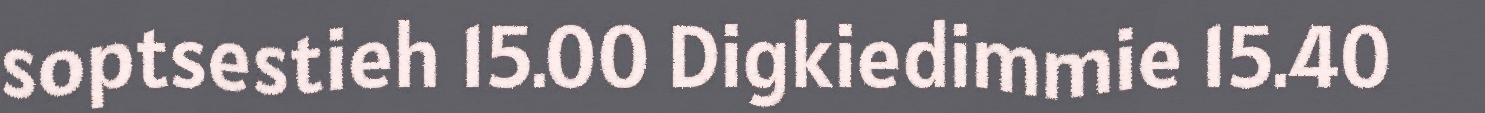
soptsestieh 15.00 Digkiedimmie 15.40